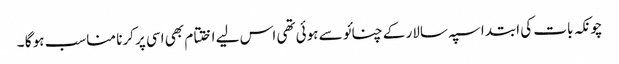
چونکہ بات کی ابتدا سپہ سالار کے چنائو سے ہوئی تھی اس لیے اختتام بھی اسی پر کرنا مناسب ہو گا ۔